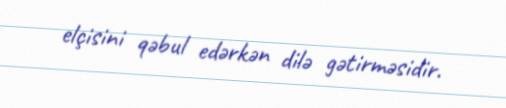
elçisini qəbul edərkən dilə gətirməsidir.